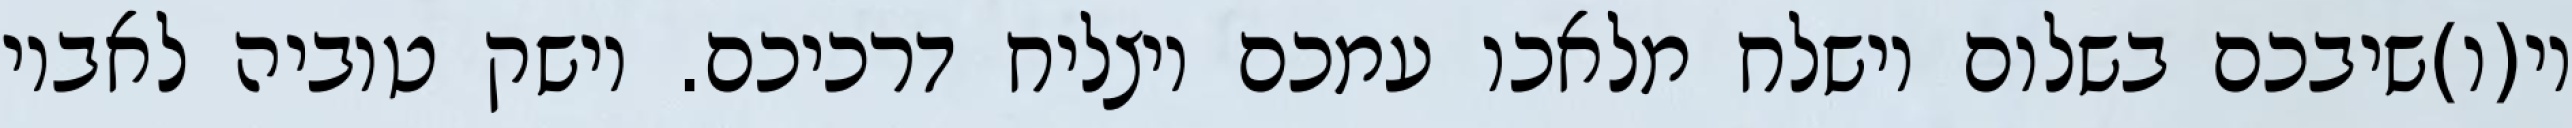
וי(ו)שיבכם בשלום וישלח מלאכו עמכם ויצליח דרכיכם. וישק טוביה לאביו